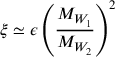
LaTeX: \xi \simeq \epsilon \left( \frac { M _ { W _ { 1 } } } { M _ { W _ { 2 } } } \right) ^ { 2 }